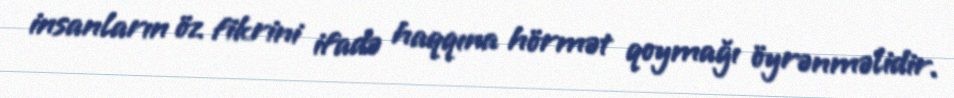
insanların öz fikrini ifadə haqqına hörmət qoymağı öyrənməlidir.